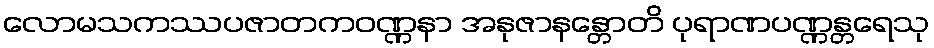
လောမသကဿပဇာတကဝဏ္ဏနာ အနုဇာနန္တောတိ ပုရာဏပဏ္ဏန္တရေသု